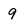
Character: 9